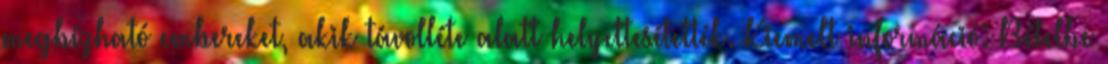
megbízható embereket, akik távolléte alatt helyettesítették. Kiemelt információ: Bételbe